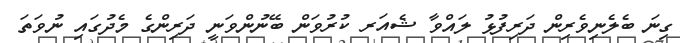
ގިނަ ބެލެނިވެރިން ދަރިފުޅު ލައްވާ ޝެއަރ ކުރުވަން ބޭނުންވަނީ ދަރިންގެ މެދުގައި ނުވަތަ